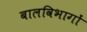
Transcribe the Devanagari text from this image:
बालविभागों